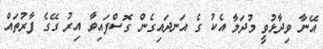
އޭނާ ވިދާޅުވީ މުދަލާ އެކު ގެ އަނދައިގެން ގޮސްފައިވާ އިރު ގޭގެ ފާރުތައް